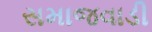
સમાજવાડી